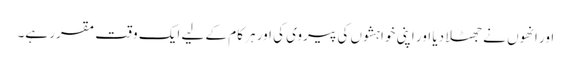
اور انھوں نے جھٹلا دیا اور اپنی خواہشوں کی پیروی کی اور ہر کام کے لیے ایک وقت مقرر ہے۔